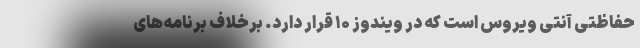
حفاظتی آنتی ویروس است که در ویندوز ۱۰ قرار دارد. برخلاف برنامه‌های